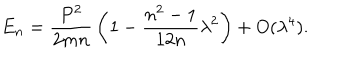
LaTeX: E _ { n } = { \frac { P ^ { 2 } } { 2 m n } } \left( 1 - { \frac { n ^ { 2 } - 1 } { 1 2 n } } \lambda ^ { 2 } \right) + O ( \lambda ^ { 4 } ) .